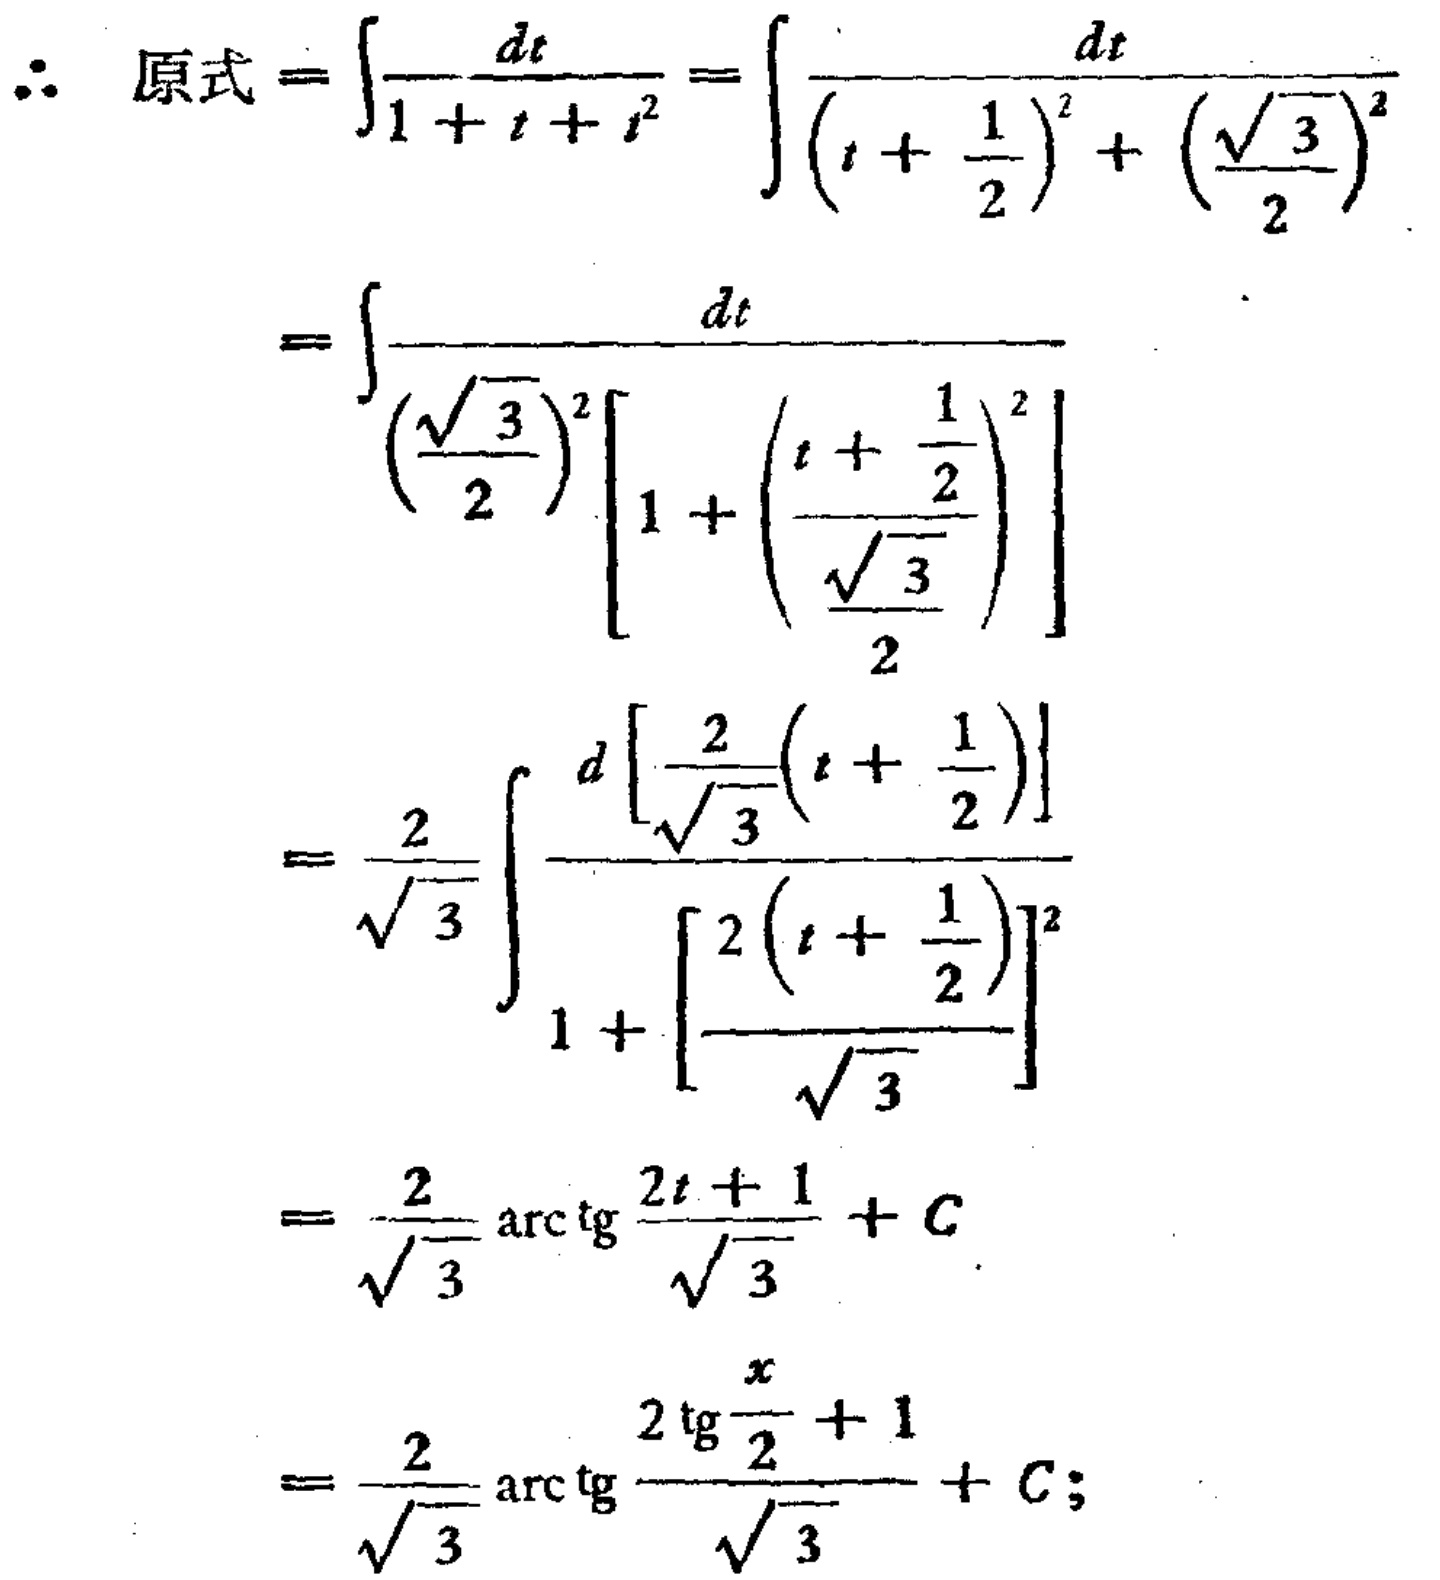
\[\begin{align*}

\therefore \text{原式}&=\int\frac{dt}{1 + t + t^{2}}=\int\frac{dt}{(t+\frac{1}{2})^{2}+(\frac{\sqrt{3}}{2})^{2}}\\

&=\int\frac{dt}{(\frac{\sqrt{3}}{2})^{2}[1 + (\frac{t+\frac{1}{2}}{\frac{\sqrt{3}}{2}})^{2}]}\\

&=\frac{2}{\sqrt{3}}\int\frac{d[\frac{2}{\sqrt{3}}(t+\frac{1}{2})]}{1 + [\frac{2(t+\frac{1}{2})}{\sqrt{3}}]^{2}}\\

&=\frac{2}{\sqrt{3}}\arctan\frac{2t + 1}{\sqrt{3}}+C\\

&=\frac{2}{\sqrt{3}}\arctan\frac{2\tan\frac{x}{2}+1}{\sqrt{3}}+C;

\end{align*}\]